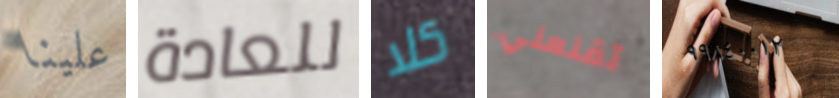
علينا للعادة كلا تقنعني ٩٩٨٤٠٠١٢